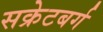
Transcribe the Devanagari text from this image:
सक्रेटबर्ग